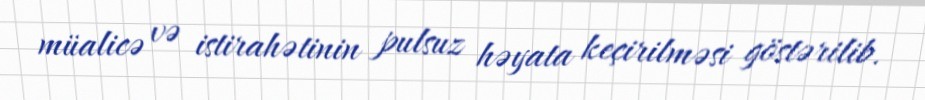
müalicə və istirahətinin pulsuz həyata keçirilməsi göstərilib.